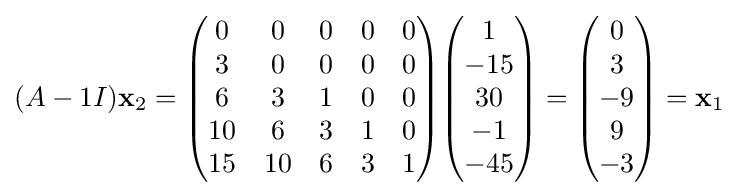
(A-1I)\mathbf {x} _{2}={\begin{pmatrix}0&0&0&0&0\\3&0&0&0&0\\6&3&1&0&0\\10&6&3&1&0\\15&10&6&3&1\end{pmatrix}}{\begin{pmatrix}1\\-15\\30\\-1\\-45\end{pmatrix}}={\begin{pmatrix}0\\3\\-9\\9\\-3\end{pmatrix}}=\mathbf {x} _{1}